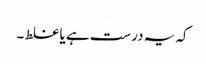
کہ یہ درست ہے یا غلط ۔